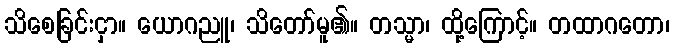
သိစေခြင်းငှာ။ ယောဂညူ၊ သိတော်မူ၏။ တသ္မာ၊ ထို့ကြောင့်။ တထာဂတော၊